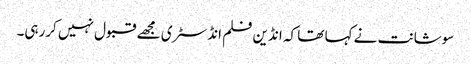
سوشانت نے کہا تھا کہ انڈین فلم انڈسٹری مجھے قبول نہیں کررہی۔